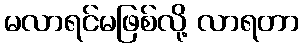
မလာရင်မဖြစ်လို့ လာရတာ